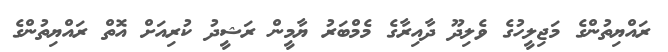
ރައްޔިތުންގެ މަޖިލީހުގެ ވެލިދޫ ދާއިރާގެ މެމްބަރު ޔާމީން ރަޝީދު ކުރިއަށް އޮތް ރައްޔިތުންގެ